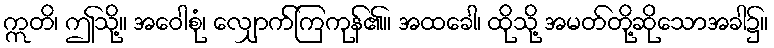
ဣတိ၊ ဤသို့။ အဝေါစုံ၊ လျှောက်ကြကုန်၏။ အထခေါ၊ ထိုသို့ အမတ်တို့ဆိုသောအခါ၌။